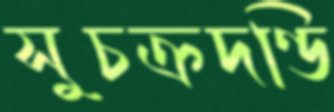
সুচক্রদণ্ডি